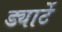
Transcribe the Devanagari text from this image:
ड्यार्टे